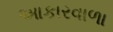
આકારવાળા